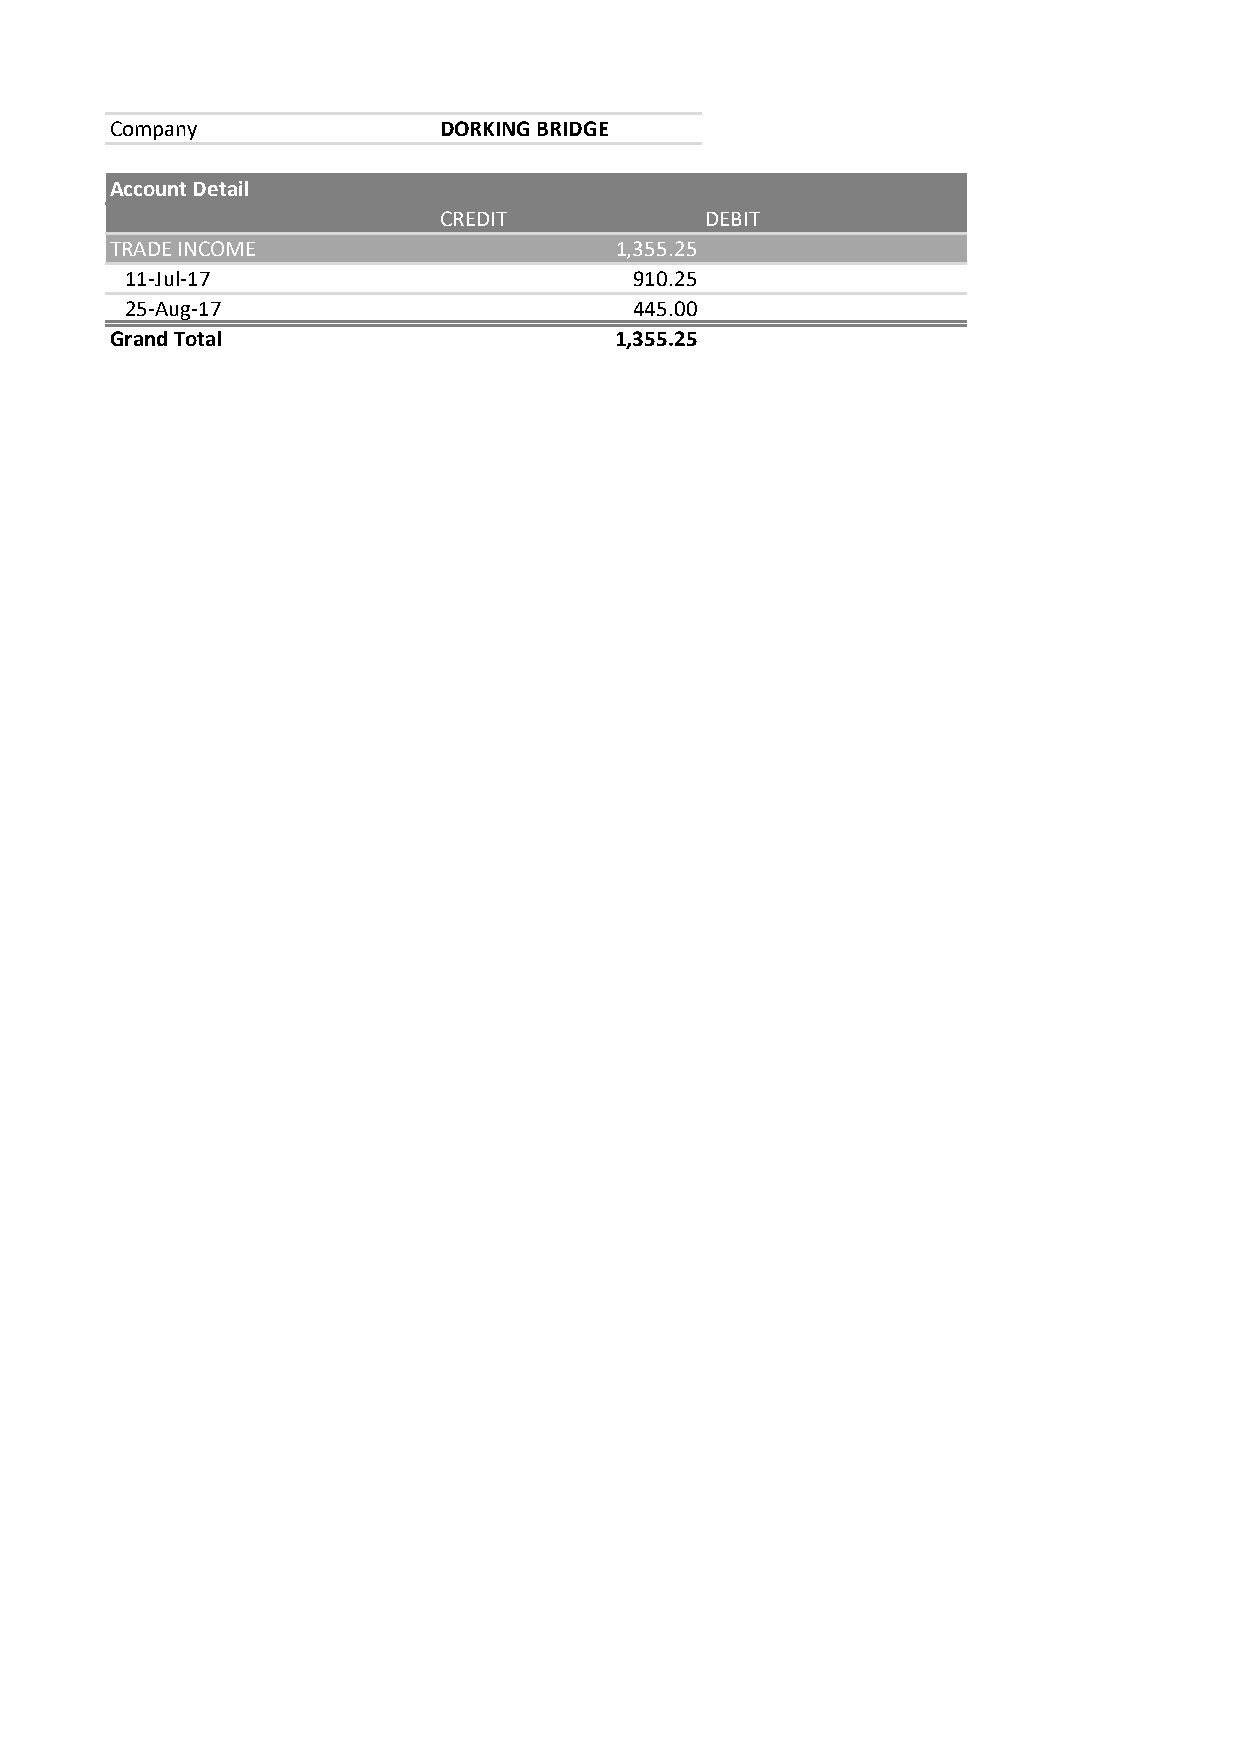
Company               DORKING BRIDGE
 Account Detail
 CREDIT            DEBIT
 TRADE INCOME                      1,355.25
 11-Jul-17                         910.25
 25-Aug-17                         445.00
 Grand Total                       1,355.25